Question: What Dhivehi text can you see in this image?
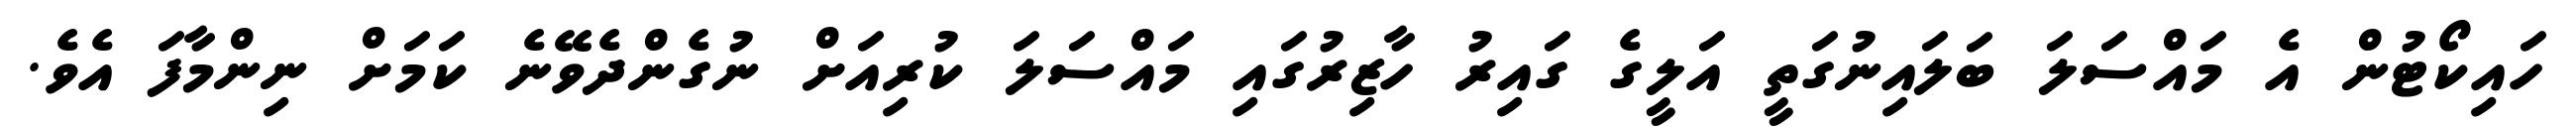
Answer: ހައިކޯޓުން އެ މައްސަލަ ބަލައިނުގަތީ އަލީގެ ގައިރު ހާޒިރުގައި މައްސަލަ ކުރިއަށް ނުގެންދެވޭނެ ކަމަށް ނިންމާފަ އެވެ.